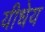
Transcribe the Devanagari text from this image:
यीधेय